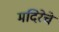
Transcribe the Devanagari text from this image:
मदिरेचे